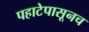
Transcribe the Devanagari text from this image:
पहाटेपासूनच